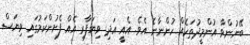
ބޭނުންވާ އުންމީދުތަކެއް ހުންނާނެ އެވެ. އެއީ އަދި ވިޔަފާރި އެއް ފެށުންކަމުގައި ވިޔަސް